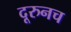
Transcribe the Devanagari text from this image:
दूरुनच